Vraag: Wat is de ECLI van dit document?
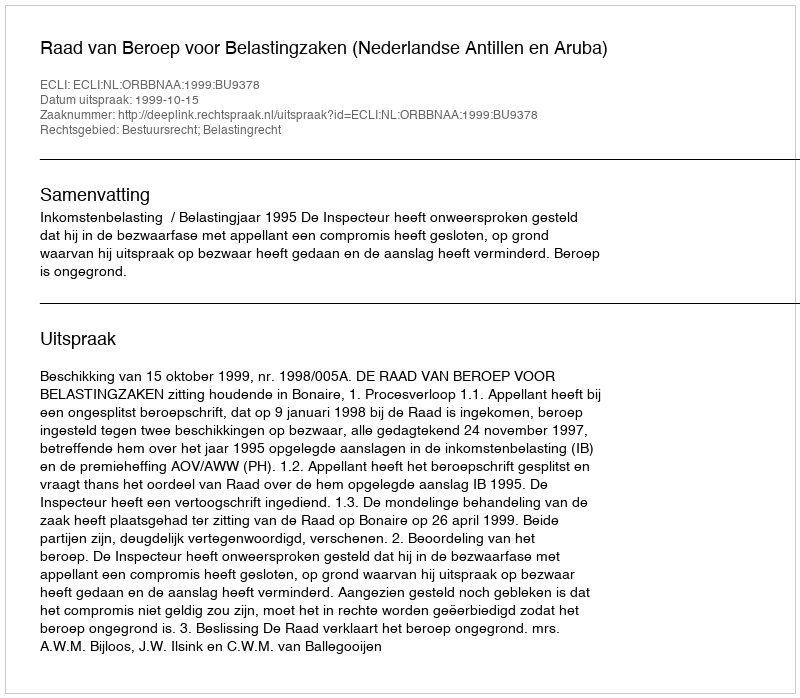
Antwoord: ECLI:NL:ORBBNAA:1999:BU9378